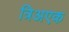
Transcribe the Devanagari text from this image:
त्रिअएक